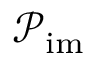
\mathcal { P } _ { \mathrm { i m } }